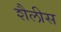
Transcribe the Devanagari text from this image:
शैलीस